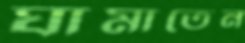
ঘামাতেন